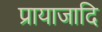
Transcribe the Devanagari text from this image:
प्रायाजादि